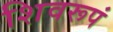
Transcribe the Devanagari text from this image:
शिवरूपं